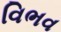
વિભવ